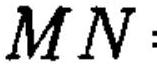
$MN$